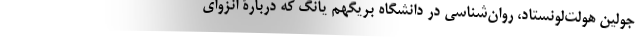
جولین هولت‌لونستاد، روان‌شناسی در دانشگاه بریگهم یانگ که دربارۀ انزوای